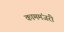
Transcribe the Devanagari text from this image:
काममंजरी